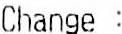
CHANGE :